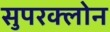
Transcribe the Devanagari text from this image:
सुपरक्लोन